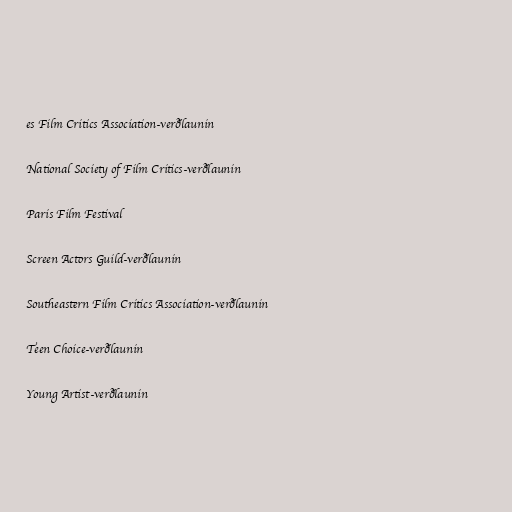
es Film Critics Association-verðlaunin

National Society of Film Critics-verðlaunin

Paris Film Festival

Screen Actors Guild-verðlaunin

Southeastern Film Critics Association-verðlaunin

Teen Choice-verðlaunin

Young Artist-verðlaunin